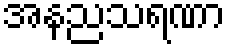
အနညသရဏာ